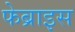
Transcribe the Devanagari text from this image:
फेब्राइस